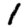
Digit: 1